Vaccination North-Western Provinces and Oudh 1878-1895 - 1878-1895
Year: 1878
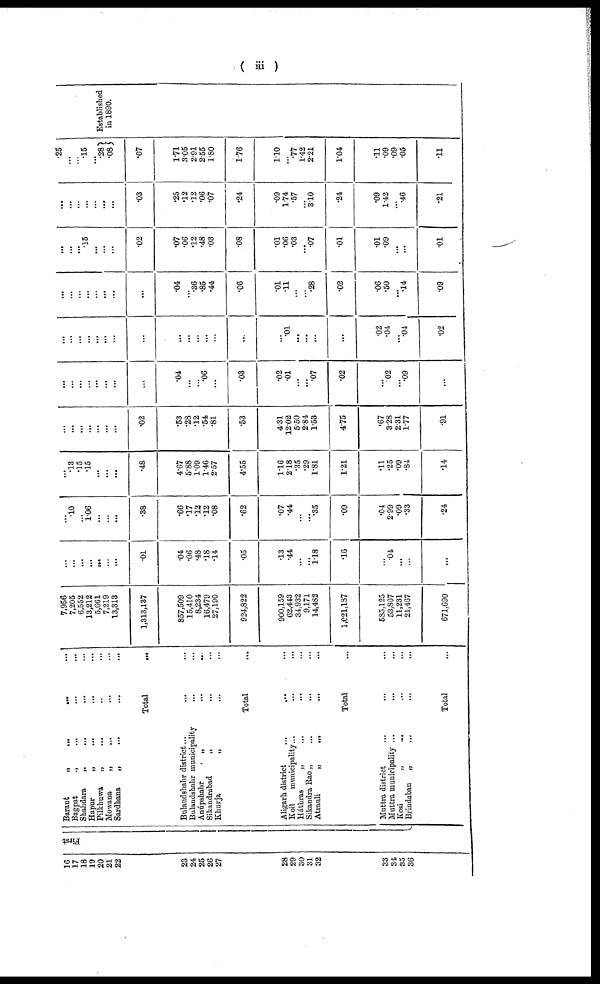
( iii )
16
17
18
19
20
21
22
23
24
25
26 27
28
29
30
31
32
33
34
35
36
First
Baraut
„
...
...
...
Bagpat
„
...
...
...
Shahdara
„
...
...
...
Hapur
„
...
...
...
Pilkhuwa „ ... ... ...
Mowana „ ... ... ...
Sardhana „ ... ... ...
Total ...
Bulandshahr district ... ... ...
Bulandshahr municipality ... ...
Anúpshahr
„
...
...
...
Sikandrabad „ ... ... ...
Khurja „ ... ... ...
Total
Aligarh district ... ... ...
Koil
municipality
...
...
...
Háthras
„
...
...
...
Sikandra Rao „ ... ... ...
Atrauli „ ... ... ...
Total
Muttra district ... ... ...
Muttra municipality
...
...
...
Kosi
„
...
...
...
Brindaban
„
...
...
...
Total ...
7,956
7,205
6,552
13,212
5,661
7,219
13,313
1,313,137
857,509
15,410
8,234
16,479
27,190
924,822
900,159
62,443
34,932
9,171
14,482
1,021,187
585,125
53,867
11,231
21,467
671,690
...
...
...
...
... ...
...
.01
.04
.06
.48
.18
.14
.05
.13
.44
...
...
1.18
.16
...
.04
...
...
...
...
.10
...
1.06
...
...
...
.38
.66
.17
.12
.12
.08
.62
.07
.44
...
....
.35
.09
.04
2.99
.09
.33
.24
...
.13
.15
.15
...
...
...
.48
4.67
5.88
1.09
1.46
2.57
4.55
1.16
2.18
.35
.29
1.81
1.21
.11
.25
.09
.84
.14
...
...
...
...
...
...
...
.02
.53
.28
.12
.54
.81
.53
4.31
12.02
5.50
2.84
1.53
4.75
.67
3.28
2.31
1.77
.91
...
...
...
...
...
...
...
...
.04
...
...
.06
...
.03
.02
.01
...
...
.07
.02
...
.02
...
.09
...
...
...
...
...
...
...
...
...
...
...
...
...
...
...
.01
...
...
...
...
.02
.04
...
.04
.02
...
...
...
...
...
...
...
...
.04
...
.36
.85
.44
.06
.01
.11
...
...
.28
.02
.06
.50
...
.14
.09
...
...
...
.15
...
...
...
.02
.07
.06
.12
.48
.03
.08
.01
.06
.03
...
.07
.01
.01
.09
...
...
.01
...
...
...
...
...
...
...
.03
.25
.12
.12
.06
.07
.24
.09
1.74
.57
...
3.10
.24
.09
1.42
...
.46
.21
.25
...
...
.15
... .28
.08
.07
1.71
3.05
2.91
2.55
1.80
1.76
1.10
...
.77
1.42
2.21
1.04
.11
.09
.09
.05
.11
Established
in 1890.